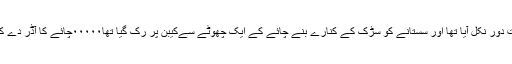
دسمبر کی یخ بستہ شام اور اُسکا سحر اپنے جوبن پر تھا۰۰۰۰میں چلتے چلتے بہت دور نکل آیا تھا اور سستانے کو سڑک کے کنارے بنے چائے کے ایک چھوٹے سےکیبن پر رک گیا تھا۰۰۰۰۰چائے کا آڈر دے کر خیالات میں ایسا کھویا کہ کب چائے آئی اور کب ٹھنڈی ہوئی کچھ خبر نہ رہی۔